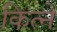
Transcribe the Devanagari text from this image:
कित्ने